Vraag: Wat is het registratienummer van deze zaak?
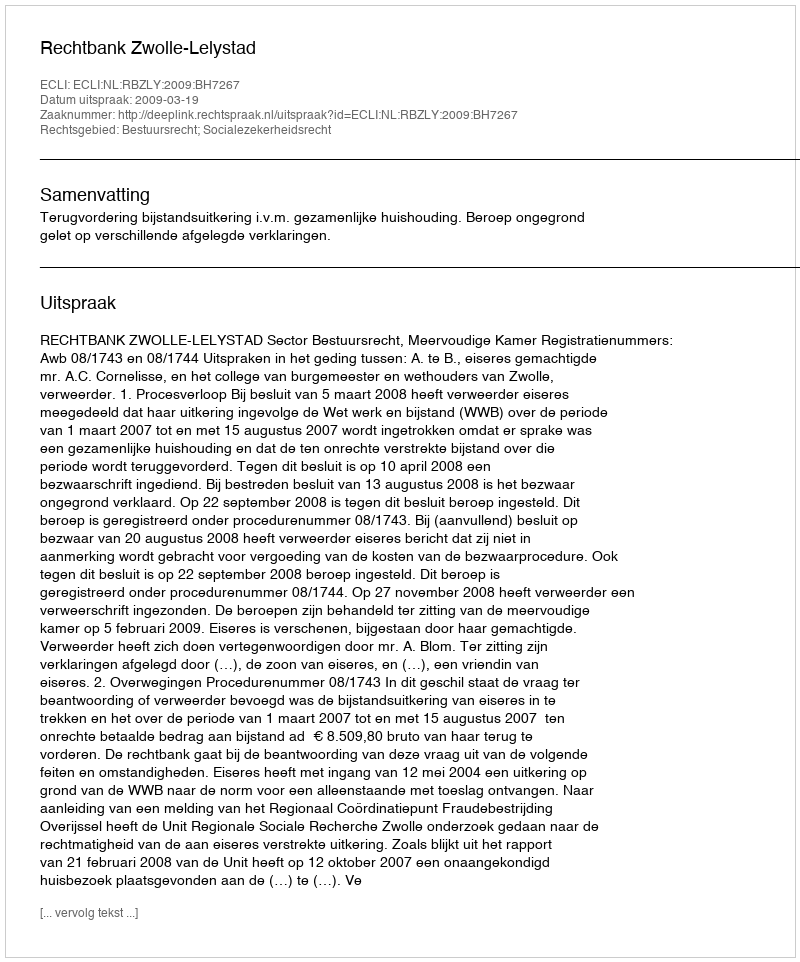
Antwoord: http://deeplink.rechtspraak.nl/uitspraak?id=ECLI:NL:RBZLY:2009:BH7267